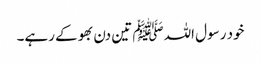
خود رسول اللہﷺ تین دن بھوکے رہے۔